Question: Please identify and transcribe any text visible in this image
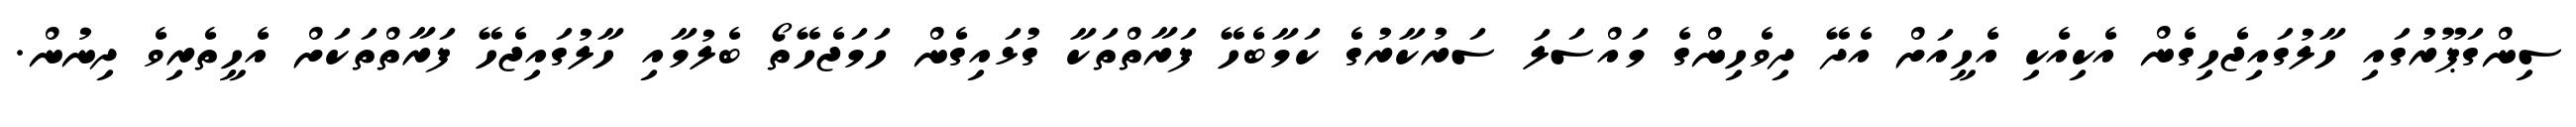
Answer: ސިންގަޕޫރުގައި ހާލުގައިޖެހިގެން އެކިއެކި އެހީއަށް އެދޭ ދިވެހިންގެ މައްސަލަ ސަރުކާރުގެ ކަމާބެހޭ ފަރާތްތަކާ ގުޅައިގެން ހަމަޖެހޭތޯ ބެލުމާއި ހާލުގައިޖެހޭ ފަރާތްތަކަށް އެހީތެރިވެ ދިނުން.